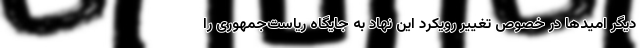
دیگر امیدها در خصوص تغییر رویکرد این نهاد به جایگاه ریاست‌جمهوری را